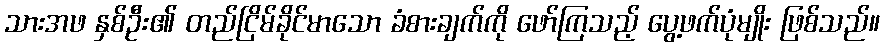
သားအဖ နှစ်ဦး၏ တည်ငြိမ်ခိုင်မာသော ခံစားချက်ကို ဖော်ကြသည့် ပွေ့ဖက်ပုံမျိုး ဖြစ်သည်။